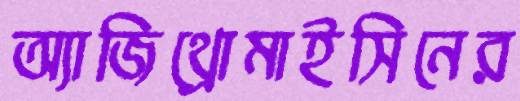
অ্যাজিথ্রোমাইসিনের